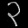
Digit: ၃